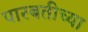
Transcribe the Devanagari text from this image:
पारबतीच्या